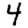
Digit: 4